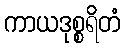
ကာယဒုစ္စရိတံ